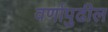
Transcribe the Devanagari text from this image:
वर्णापुढील